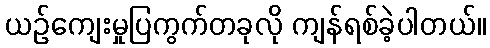
ယဉ်ကျေးမှုပြကွက်တခုလို ကျန်ရစ်ခဲ့ပါတယ်။